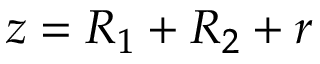
\ z = R _ { 1 } + R _ { 2 } + r